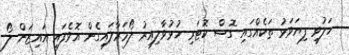
ހަލުވި ފިޔަވަޅު ތަކެއްގައި ގޮސް ކޮޓަރި ހުޅުވާލިއިރު ލޯމަރާލައިގެން އޮވެފައި އައިޒަން ލޯ